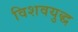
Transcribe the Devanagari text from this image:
विशवयुद्ध